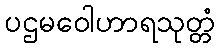
ပဌမဝေါဟာရသုတ္တံ